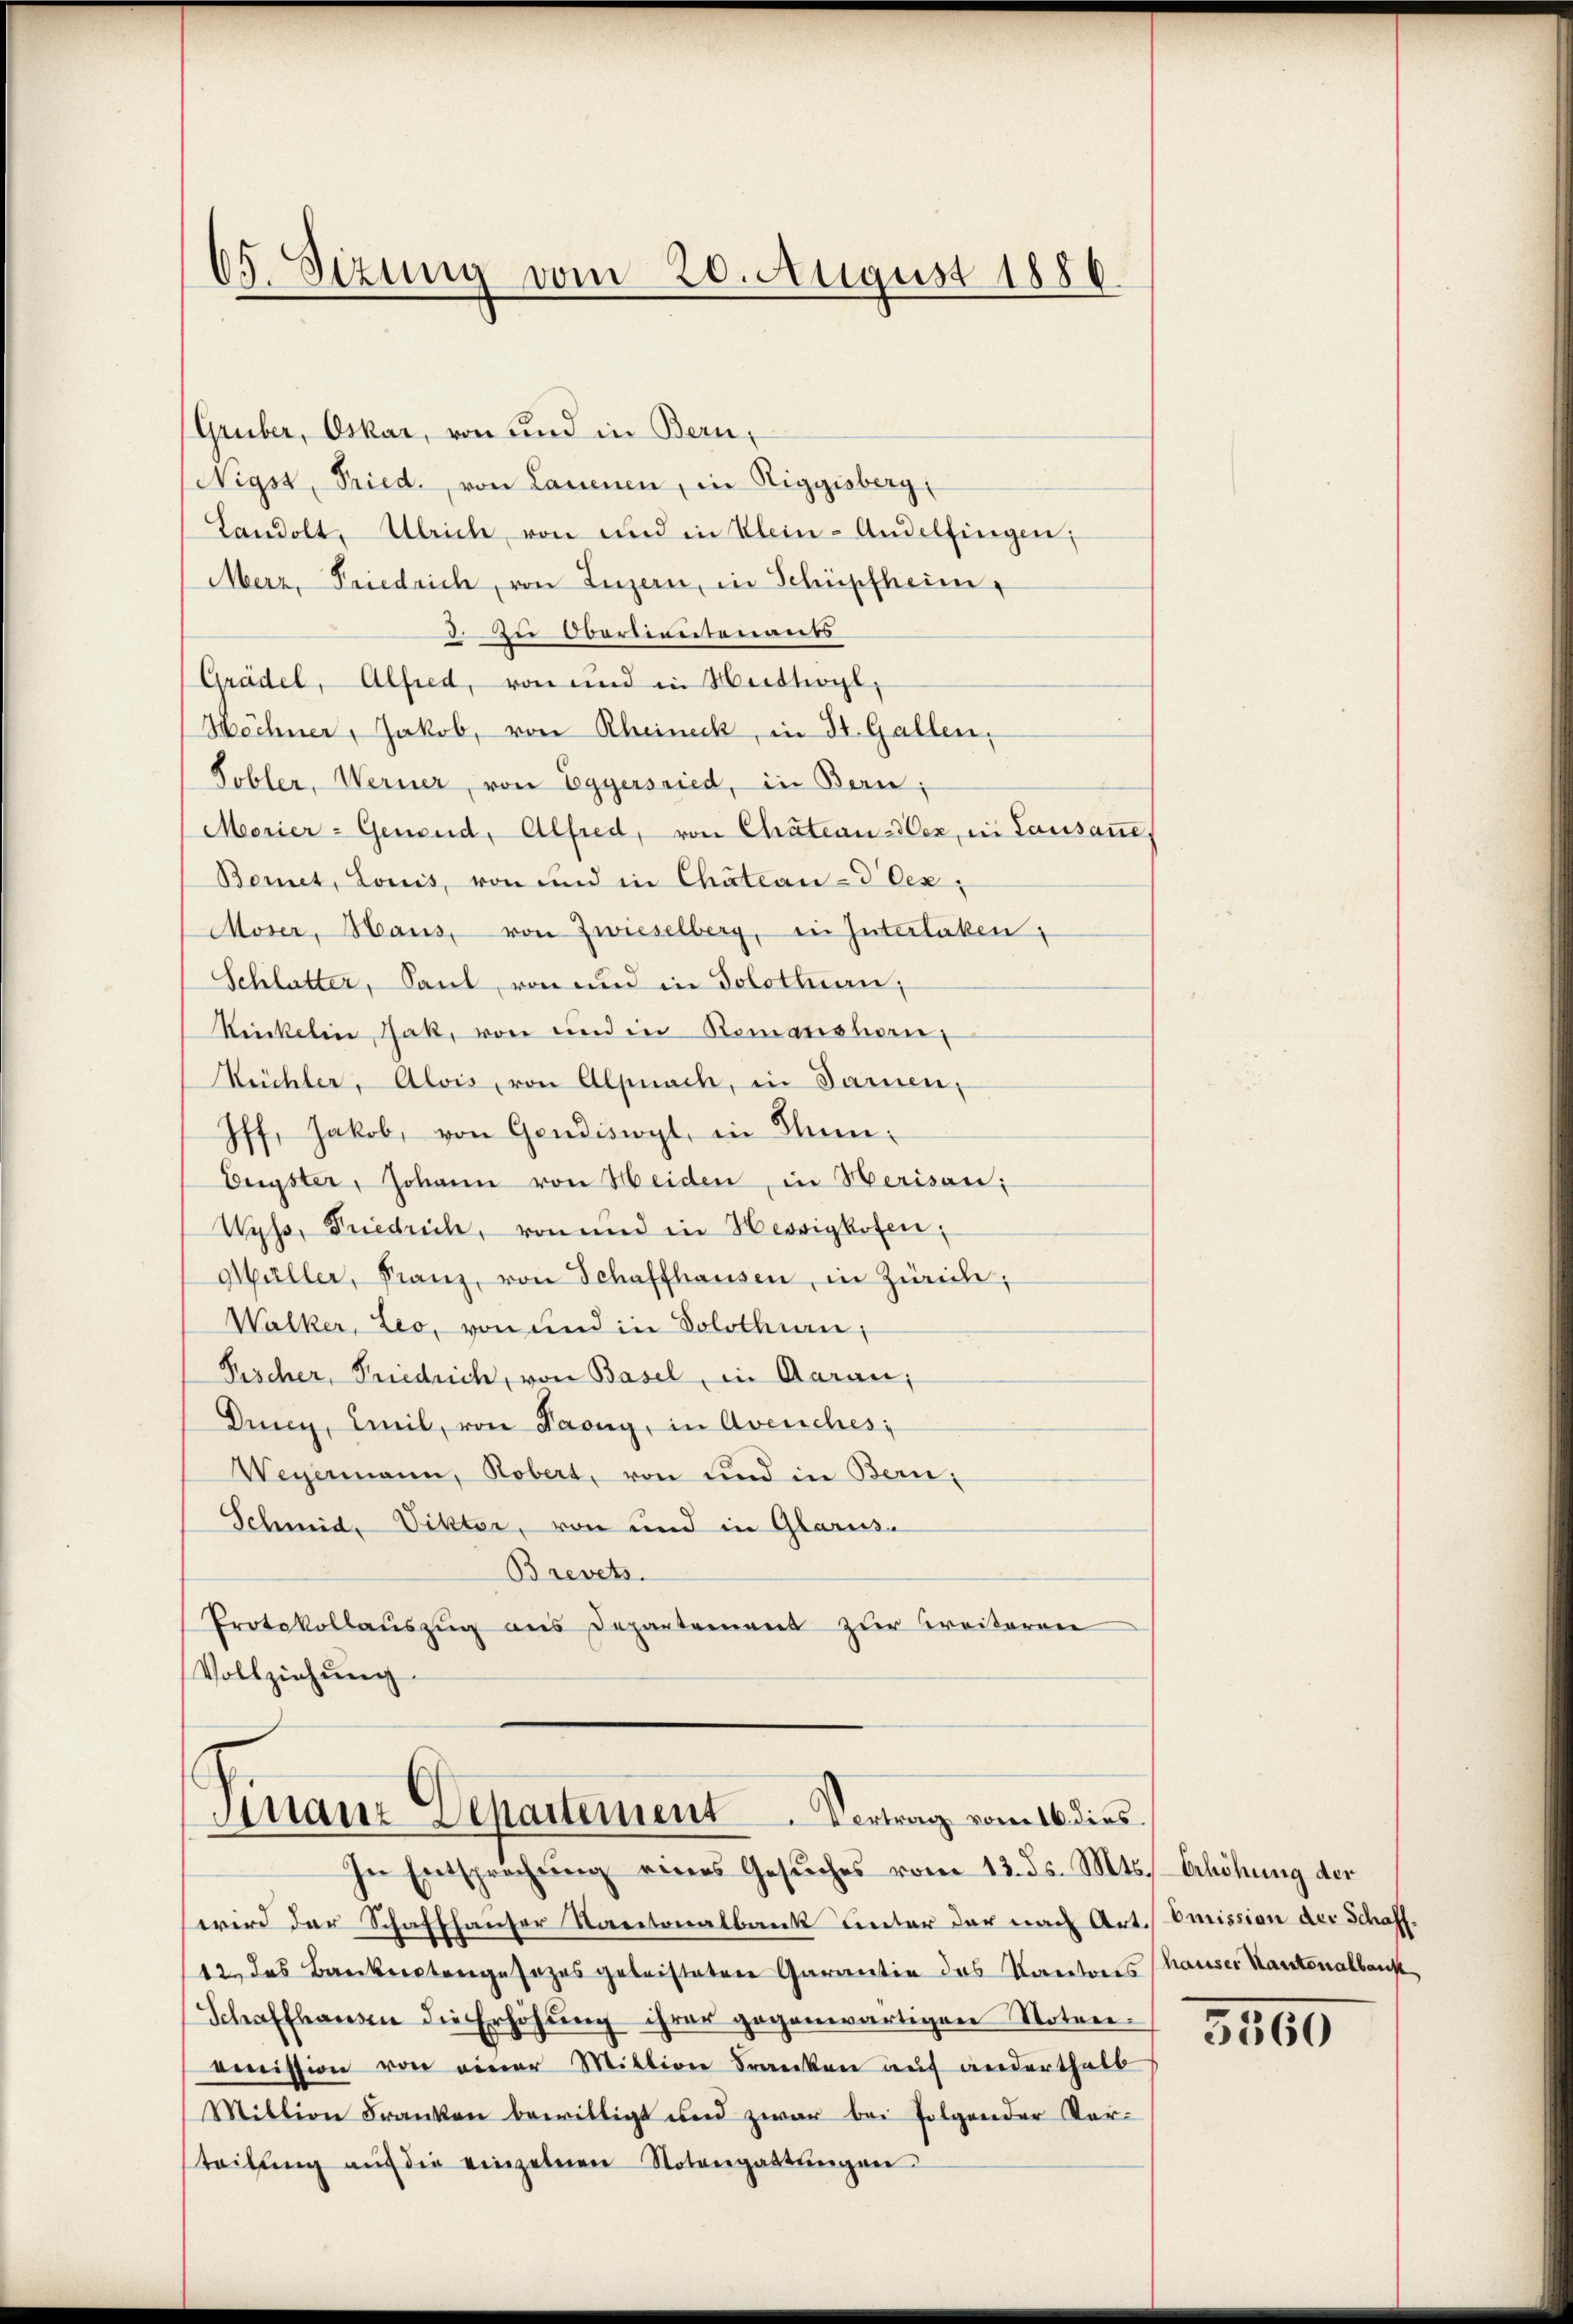
65. Sizung vom 20. August 1886

Gruber, Oskar, von und in Bern,
Nigst, Fried. von Lauenen, in Riggisberg,
Landolt, Ulrich von und in Klein-Andelfingen;
Merz, Friedrich, von Luzern, in Schüpfheim,
3. Zu Obertientenauss
Grädel, Alfred, von und in Huttwyl,
Höchner, Jakob, von Rheineck, in St. Gallen,
Tobler, Werner, von Eggersried, in Bern;
Morier-Genend, Alfred, von Chateau-der, in Lausanne,
Bonet, Louis, von und in Chateau-dex,
Moser, Haus, von Zwieselberg, in Interlaken,
Schlatter, Sant, von und in Solothurn,
Sickelin Jak, von und in Romanshorn
Rüchler, Alois, von Alpnach, in Samen,
Iff. Jakob, von Gendiswyl, in Sum¬
Engster, Johann von Heiden, in Herisau;
Wyss, Friedrich, von und in Hessigkofen.
Müller, Franz, von Schaffhausen, in Zürich;
Walker, Leo, von und in Solothurn,
Fischer, Friedrich, von Basel, in Aarau,
Duny, Emil, von Paong, in Avenches,
Weyermann, Robert, von und in Bern,
Schmid, Vikter, von und in Glarus.
Brevet.
Protokollauszug aus Departement zur Kreiteren
Vollziehŭng.

Finanz Departement. Vertrag vom 16. dies

In Entsprechŭng eines Gesŭches vom 13. ds. Mts. Erhöhung der
wird der Schaffhauser Kantonalbank unter der nach Art. Emission der Schaff¬
12, das Bankenstangesezes geleisteten Garantin das Korectores (hauser Kantonalbank,
Schaffhausen die Erhöhŭng ihrer gegenwärtigen Noten-
omnission von einer Mittion Franken auf anderthalb
Million Franken bewilligt und zwar bei folgender Vor-
teilŭng aŭf die einzelnen Notengattŭngen

3560